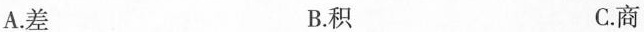
A. 差 B. 积 C. 商